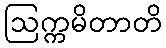
ဩက္ကမိတာတိ